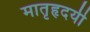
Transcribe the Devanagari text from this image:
मातृहृदयी